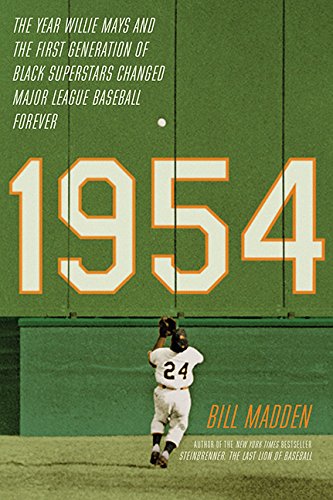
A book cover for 1954: The Year Willie Mays and the First Generation of Black Superstars Changed Major League Baseball Forever; Bill Madden; Sports & Outdoors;